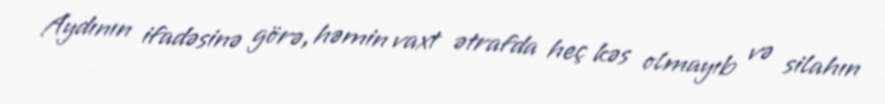
Aydının ifadəsinə görə, həmin vaxt ətrafda heç kəs olmayıb və silahın